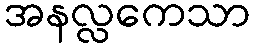
အနလ္လကေသာ